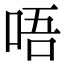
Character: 唔